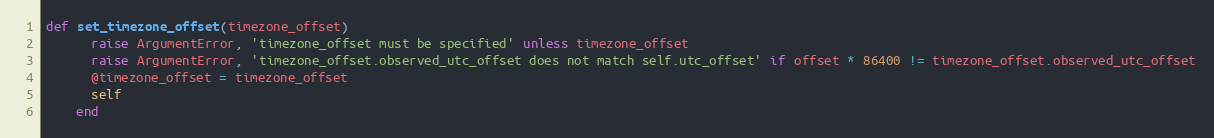
Language: Ruby
def set_timezone_offset(timezone_offset)
      raise ArgumentError, 'timezone_offset must be specified' unless timezone_offset
      raise ArgumentError, 'timezone_offset.observed_utc_offset does not match self.utc_offset' if offset * 86400 != timezone_offset.observed_utc_offset
      @timezone_offset = timezone_offset
      self
    end